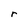
Character: r